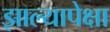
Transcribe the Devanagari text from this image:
झाल्यापेक्षा